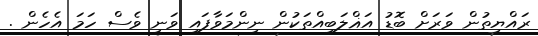
ރައްޔިތުން ވަރަށް ބޮޑު އަޣްލަބިއްތަކުން ނިންމަވާފައި ވަނީ ވެސް ހަމަ އެހެން .